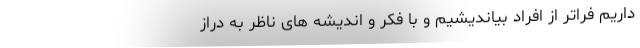
داریم فراتر از افراد بیاندیشیم و با فکر و اندیشه های ناظر به دراز